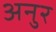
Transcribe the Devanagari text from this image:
अनुर